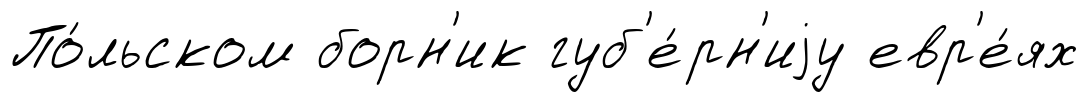
По́льском борн'ик губ'е́рн'иjу евр'е́ях